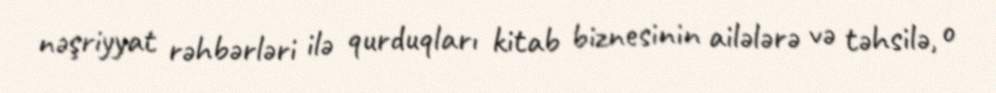
nəşriyyat rəhbərləri ilə qurduqları kitab biznesinin ailələrə və təhsilə, o